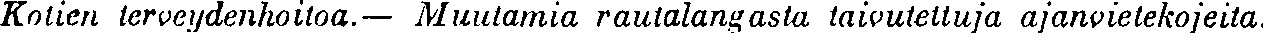
Kotien terveydenhoitoa. — Muutamia rautalangasta taivuteltuja ajanvietekojeita.